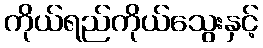
ကိုယ်ရည်ကိုယ်သွေးနှင့်